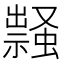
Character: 𧑎